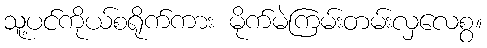
သူ့ပင်ကိုယ်စရိုက်ကား မိုက်မဲကြမ်းတမ်းလှလေစွ။